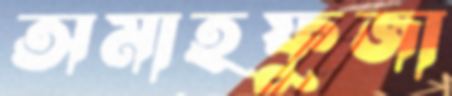
অমাহফুজা